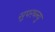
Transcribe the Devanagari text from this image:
सुपरब्ल्यु